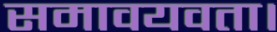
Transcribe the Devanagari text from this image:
समावयवता।